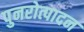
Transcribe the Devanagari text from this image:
पुनरोत्पादन